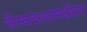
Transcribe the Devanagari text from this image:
सैन्यदलामधील